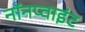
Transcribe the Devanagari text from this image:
नॉनप्वाइंट